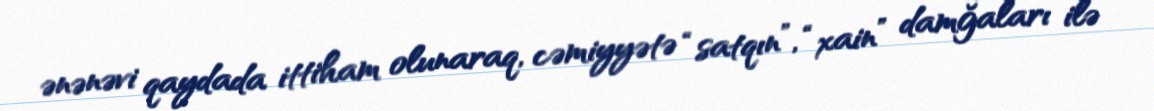
ənənəvi qaydada ittiham olunaraq, cəmiyyətə “satqın”, “xain” damğaları ilə